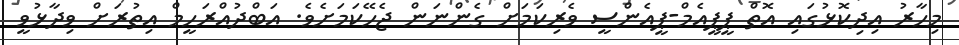
މިހާރު އިދިކޮޅުގައި އޮތް ޕީޕީއެމް-ޕީއެންސީ ވެރިކަމަށް ގެންނަން ޖެހޭކަމަށެވެ. އަބްދުއްރަހީމް އިތުރަށް ވިދާޅުވީ